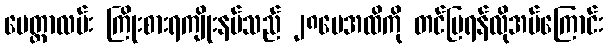
မေတ္တာလမ်း ကြိုးစားရကျိုးနပ်သည် ၂၈ပေအထိကို တင်ပြရန်လိုအပ်ကြောင်း